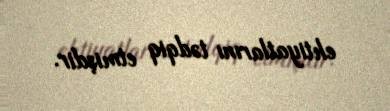
ehtiyatlarını tədqiq etmişdir.